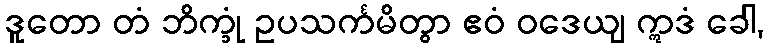
ဒူတော တံ ဘိက္ခုံ ဥပသင်္ကမိတွာ ဧဝံ ဝဒေယျ ဣဒံ ခေါ,